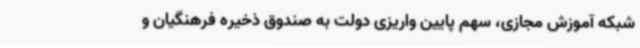
شبکه آموزش مجازی، سهم پایین واریزی دولت به صندوق ذخیره فرهنگیان و